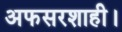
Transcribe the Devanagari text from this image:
अफसरशाही।